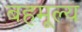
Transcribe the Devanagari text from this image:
बहमूल्य